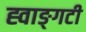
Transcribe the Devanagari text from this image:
ह्वाङ्‌गटी